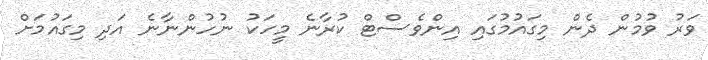
ވަރު ވުމުން ދެން މިގައުމުގައި އިންވެސްޓް ކުރާނެ މީހަކު ނުހުންނާނެ އަދި މިގައުމަށް